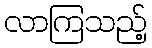
လာကြသည့်